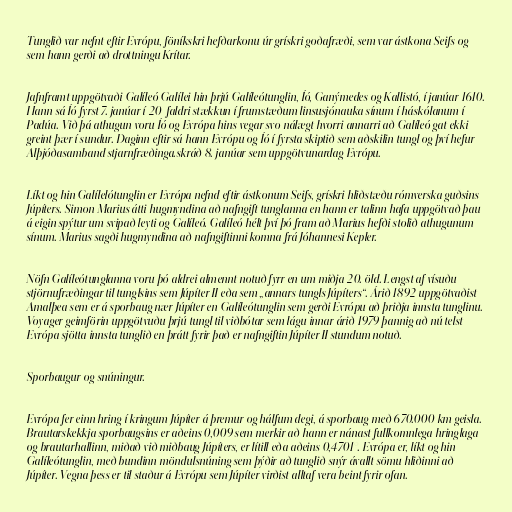
Tunglið var nefnt eftir Evrópu, föníkskri hefðarkonu úr grískri goðafræði, sem var ástkona Seifs og
sem hann gerði að drottningu Krítar.

Jafnframt uppgötvaði Galíleó Galílei hin þrjú Galíleótunglin, Íó, Ganýmedes og Kallistó, í janúar 1610.
Hann sá Íó fyrst 7. janúar í 20-faldri stækkun í frumstæðum linsusjónauka sínum í háskólanum í
Padúa. Við þá athugun voru Íó og Evrópa hins vegar svo nálægt hvorri annarri að Galíleó gat ekki
greint þær í sundur. Daginn eftir sá hann Evrópu og Íó í fyrsta skiptið sem aðskilin tungl og því hefur
Alþjóðasamband stjarnfræðinga.skráð 8. janúar sem uppgötvunardag Evrópu.

Líkt og hin Galílelótunglin er Evrópa nefnd eftir ástkonum Seifs, grískri hliðstæðu rómverska guðsins
Júpíters. Simon Marius átti hugmyndina að nafngift tunglanna en hann er talinn hafa uppgötvað þau
á eigin spýtur um svipað leyti og Galíleó. Galíleó hélt því þó fram að Marius hefði stolið athugunum
sínum. Marius sagði hugmyndina að nafngiftinni komna frá Jóhannesi Kepler.

Nöfn Galíleótunglanna voru þó aldrei almennt notuð fyrr en um miðja 20. öld. Lengst af vísuðu
stjörnufræðingar til tunglsins sem Júpíter II eða sem „annars tungls Júpíters“. Árið 1892 uppgötvaðist
Amalþea sem er á sporbaug nær Júpíter en Galíleótunglin sem gerði Evrópu að þriðja innsta tunglinu.
Voyager geimförin uppgötvuðu þrjú tungl til viðbótar sem lágu innar árið 1979 þannig að nú telst
Evrópa sjötta innsta tunglið en þrátt fyrir það er nafngiftin Júpíter II stundum notuð.

Sporbaugur og snúningur.

Evrópa fer einn hring í kringum Júpíter á þremur og hálfum degi, á sporbaug með 670.000 km geisla.
Brautarskekkja sporbaugsins er aðeins 0,009 sem merkir að hann er nánast fullkomnlega hringlaga
og brautarhallinn, miðað við miðbaug Júpíters, er lítill eða aðeins 0,4701°. Evrópa er, líkt og hin
Galíleótunglin, með bundinn möndulsnúning sem þýðir að tunglið snýr ávallt sömu hliðinni að
Júpíter. Vegna þess er til staður á Evrópu sem Júpíter virðist alltaf vera beint fyrir ofan.